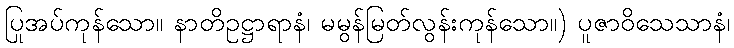
ပြုအပ်ကုန်သော။ နာတိဥဋ္ဌာရာနံ၊ မမွန်မြတ်လွန်းကုန်သော။) ပူဇာဝိသေသာနံ၊